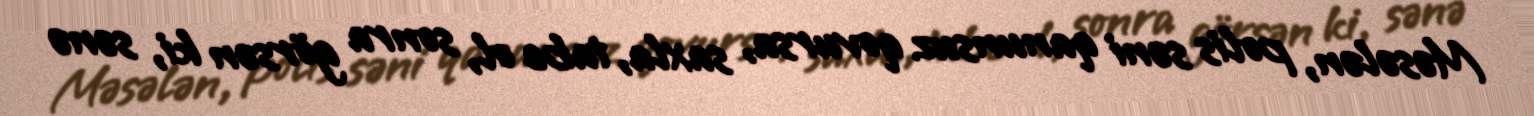
Məsələn, polis səni qanunsuz qovursa, saxla, tabe ol, sonra görsən ki, sənə